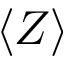
\langle Z \rangle